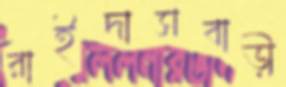
রাইদাসবাড়ী